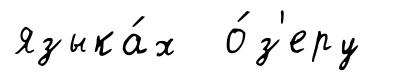
языка́х о́з'еру